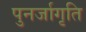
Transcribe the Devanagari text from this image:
पुनर्जागृति